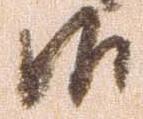
候